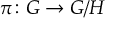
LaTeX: \pi \colon G \to G / H